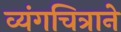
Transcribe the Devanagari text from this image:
व्यंगचित्राने